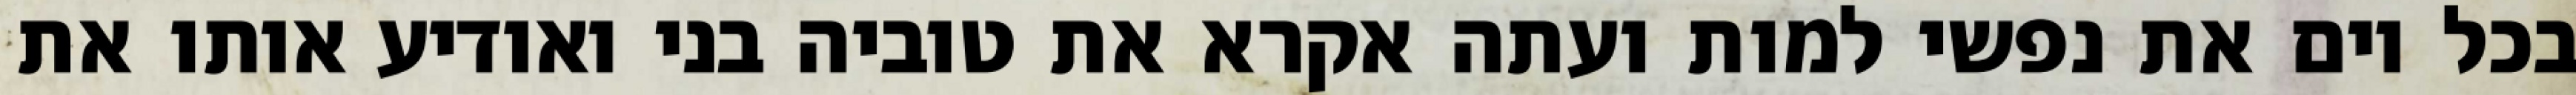
בכל יום את נפשי למות ועתה אקרא את טוביה בני ואודיע אותו את